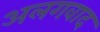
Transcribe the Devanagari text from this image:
अलगवाद